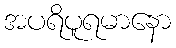
အပရိပူရမာနော